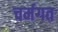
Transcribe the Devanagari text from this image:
चर्मगत